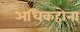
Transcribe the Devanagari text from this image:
अधिकहोना